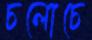
চলোচে